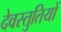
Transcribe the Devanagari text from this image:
देवस्तुतियों